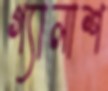
গ্যালাশ